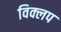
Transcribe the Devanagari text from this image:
विक्लप